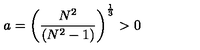
a = \left( \frac { N ^ { 2 } } { ( N ^ { 2 } - 1 ) } \right) ^ { \frac { 1 } { 3 } } > 0